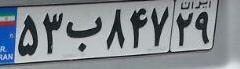
۵۳ب۸۴۷۲۹